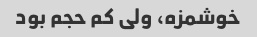
خوشمزه، ولی کم حجم بود